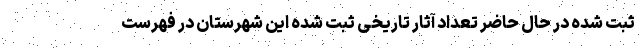
ثبت شده در حال حاضر تعداد آثار تاریخی ثبت شده این شهرستان در فهرست